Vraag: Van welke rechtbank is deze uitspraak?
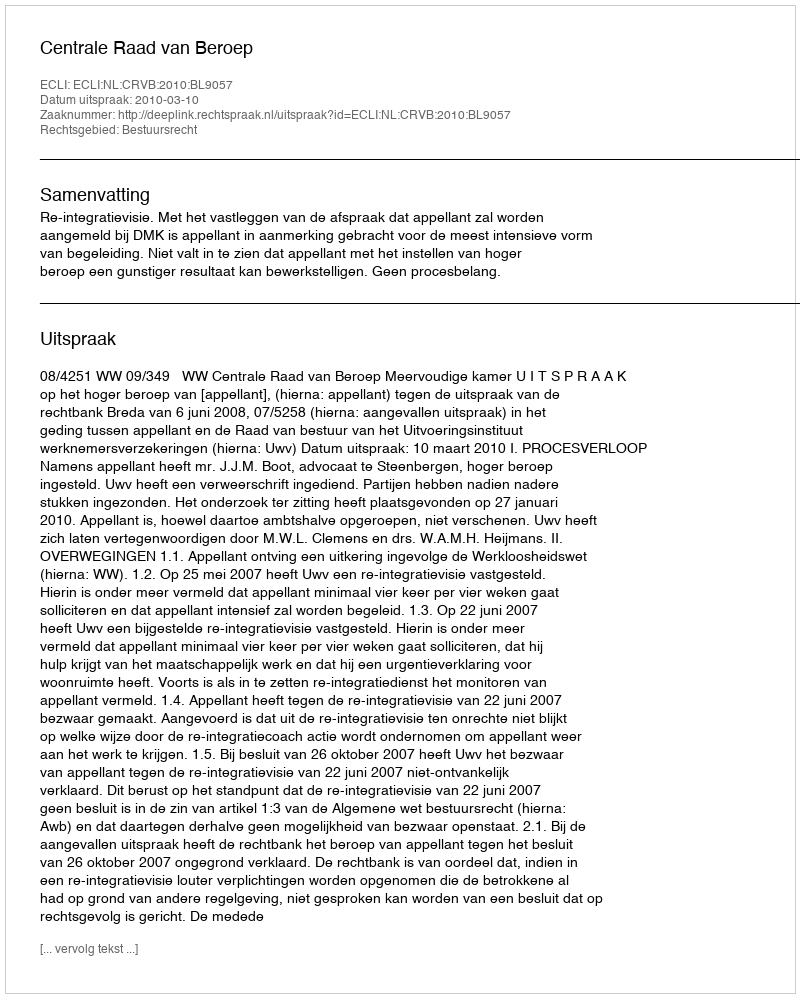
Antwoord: Centrale Raad van Beroep